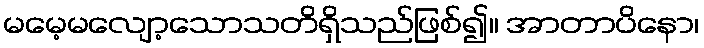
မမေ့မလျော့သောသတိရှိသည်ဖြစ်၍။ အာတာပိနော၊